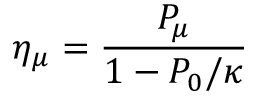
\eta _ { \mu } = \frac { P _ { \mu } } { 1 - P _ { 0 } / \kappa }